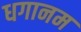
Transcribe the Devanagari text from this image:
धगानम